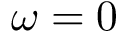
\omega = 0